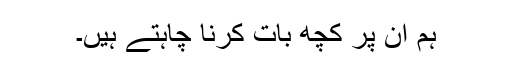
ہم ان پر کچھ بات کرنا چاہتے ہیں۔